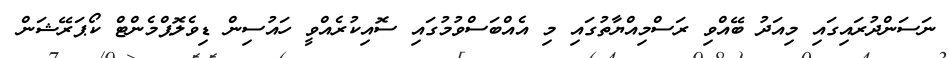
ނަސަންދުރައިގައި މިއަދު ބޭއްވި ރަސްމިއްޔާތުގައި މި އެއްބަސްވުމުގައި ސޮއިކުރެއްވީ ހައުސިން ޑިވެލޮޕްމެންޓް ކޯޕަރޭޝަން